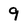
Character: 9